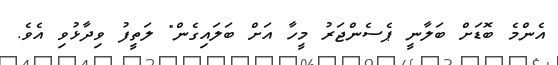
އެންމެ ބޮޑަށް ބަލާނީ ޕެސެންޖަރު މީހާ އަށް ބަލައިގެން" ލަތީފު ވިދާޅުވި އެވެ.